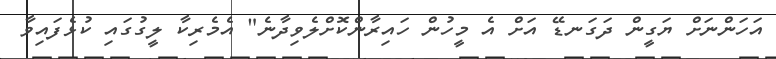
އަހަންނަށް ޔަގީން ދަގަނޑޭ އަށް އެ މީހުން ހައިރާންކޮށްލެވިދާނެ" އެމެރިކާ ލީގުގައި ކުޅެފައިވާ